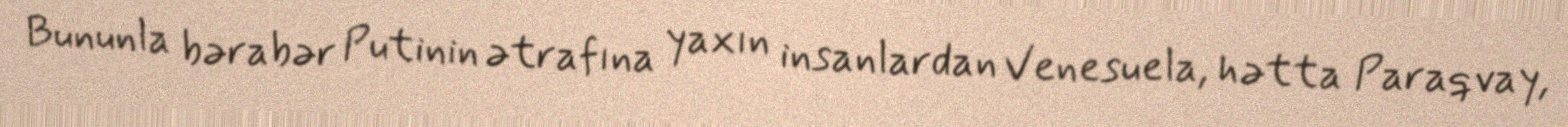
Bununla bərabər Putinin ətrafına yaxın insanlardan Venesuela, hətta Paraqvay,